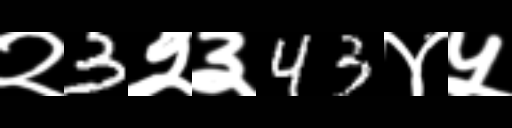
Text: २3२३43४५